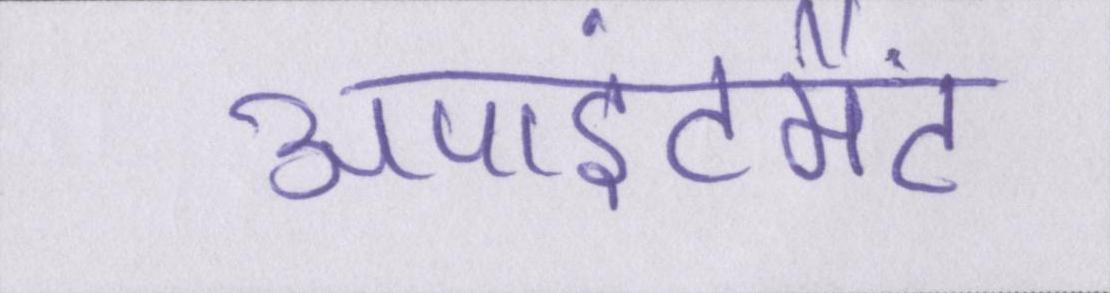
अपाइंटमैंट